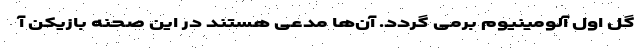
گل اول آلومینیوم برمی گردد. آن‌ها مدعی هستند در این صحنه بازیکن آ